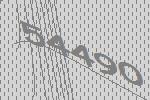
54490